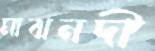
মাঝনদী